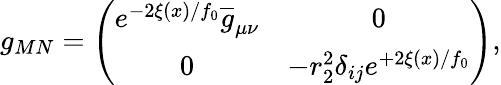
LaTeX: g_{MN}=\left(\begin{array}{cc}{{e^{-2\xi(x)/f_{0}}\overline{{{g}}}_{\mu\nu}}}&{{0}}\\ {{0}}&{{-r_{2}^{2}\delta_{ij}e^{+2\xi(x)/f_{0}}}}\end{array}\right),